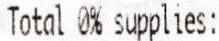
TOTAL 0% SUPPLIES: